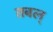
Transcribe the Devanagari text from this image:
तबल्